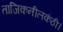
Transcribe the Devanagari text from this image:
ताजिकनीलकंठी।